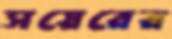
সয়েরের